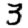
Digit: 3